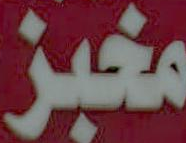
مخبز